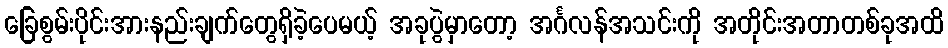
ခြေစွမ်းပိုင်းအားနည်းချက်တွေရှိခဲ့ပေမယ့် အခုပွဲမှာတော့ အင်္ဂလန်အသင်းကို အတိုင်းအတာတစ်ခုအထိ